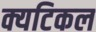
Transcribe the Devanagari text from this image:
क्यटिकल